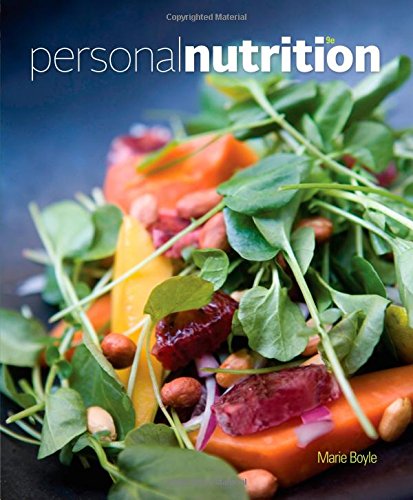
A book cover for Personal Nutrition; Marie A. Boyle; Medical Books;